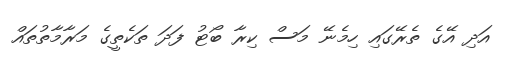
އަދި އޭގެ ތެރޭގައި ހިމެނޭ މަސް ކިރާ ބޯޓު ފަދަ ތަކެތީގެ މަރާމާތުތައް